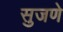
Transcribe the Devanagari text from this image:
सुजणे